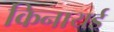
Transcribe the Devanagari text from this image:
किनायर्ड